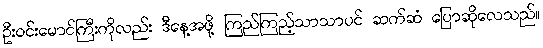
ဦးဝင်းမောင်ကြီးကိုလည်း ဒီနေ့အဖို့ ကြည်ကြည့်သာသာပင် ဆက်ဆံ ပြောဆိုလေသည်။